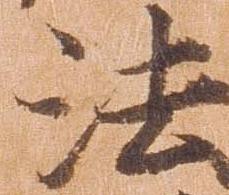
法